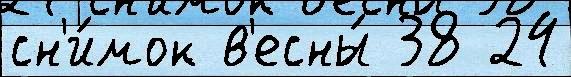
сн'и́мок в'есны́ 38 24